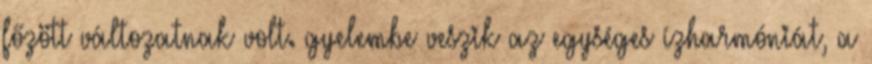
főzött változatnak volt. gyelembe veszik az egységes ízharmóniát, a